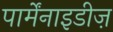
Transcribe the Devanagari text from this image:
पार्मेंनाइडीज़